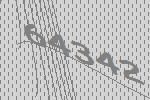
64342